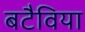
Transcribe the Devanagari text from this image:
बटैविया